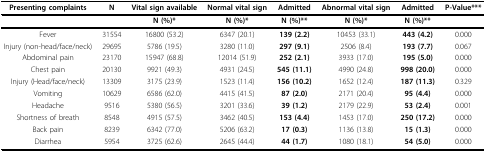
<table><thead><tr><td><b>Presenting complaints</b></td><td><b>N</b></td><td><b>Vital sign available</b></td><td><b>Normal vital sign</b></td><td><b>Admitted</b></td><td><b>Abnormal vital sign</b></td><td><b>Admitted</b></td><td><b>P-Value***</b></td></tr></thead><tbody><tr><td></td><td></td><td><b>N (%)*</b></td><td><b>N (%)*</b></td><td><b>N (%)**</b></td><td><b>N (%)*</b></td><td><b>N (%)**</b></td><td></td></tr><tr><td>Fever</td><td>31554</td><td>16800 (53.2)</td><td>6347 (20.1)</td><td><b>139 (2.2)</b></td><td>10453 (33.1)</td><td><b>443 (4.2)</b></td><td>0.000</td></tr><tr><td>Injury (non-head/face/neck)</td><td>29695</td><td>5786 (19.5)</td><td>3280 (11.0)</td><td><b>297 (9.1)</b></td><td>2506 (8.4)</td><td><b>193 (7.7)</b></td><td>0.067</td></tr><tr><td>Abdominal pain</td><td>23170</td><td>15947 (68.8)</td><td>12014 (51.9)</td><td><b>252 (2.1)</b></td><td>3933 (17.0)</td><td><b>195 (5.0)</b></td><td>0.000</td></tr><tr><td>Chest pain</td><td>20130</td><td>9921 (49.3)</td><td>4931 (24.5)</td><td><b>545 (11.1)</b></td><td>4990 (24.8)</td><td><b>998 (20.0)</b></td><td>0.000</td></tr><tr><td>Injury (Head/face/neck)</td><td>13309</td><td>3175 (23.9)</td><td>1523 (11.4)</td><td><b>156 (10.2)</b></td><td>1652 (12.4)</td><td><b>187 (11.3)</b></td><td>0.329</td></tr><tr><td>Vomiting</td><td>10629</td><td>6586 (62.0)</td><td>4415 (41.5)</td><td><b>87 (2.0)</b></td><td>2171 (20.4)</td><td><b>95 (4.4)</b></td><td>0.000</td></tr><tr><td>Headache</td><td>9516</td><td>5380 (56.5)</td><td>3201 (33.6)</td><td><b>39 (1.2)</b></td><td>2179 (22.9)</td><td><b>53 (2.4)</b></td><td>0.001</td></tr><tr><td>Shortness of breath</td><td>8548</td><td>4915 (57.5)</td><td>3462 (40.5)</td><td><b>153 (4.4)</b></td><td>1453 (17.0)</td><td><b>250 (17.2)</b></td><td>0.000</td></tr><tr><td>Back pain</td><td>8239</td><td>6342 (77.0)</td><td>5206 (63.2)</td><td><b>17 (0.3)</b></td><td>1136 (13.8)</td><td><b>15 (1.3)</b></td><td>0.000</td></tr><tr><td>Diarrhea</td><td>5954</td><td>3725 (62.6)</td><td>2645 (44.4)</td><td><b>44 (1.7)</b></td><td>1080 (18.1)</td><td><b>54 (5.0)</b></td><td>0.000</td></tr></tbody></table>